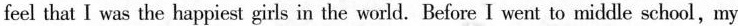
feel that I was the happiest girls in the world. Before I went to middle school,my